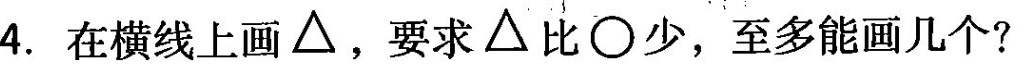
4.在横线上画△，要求△比\circ少，至多能画几个?